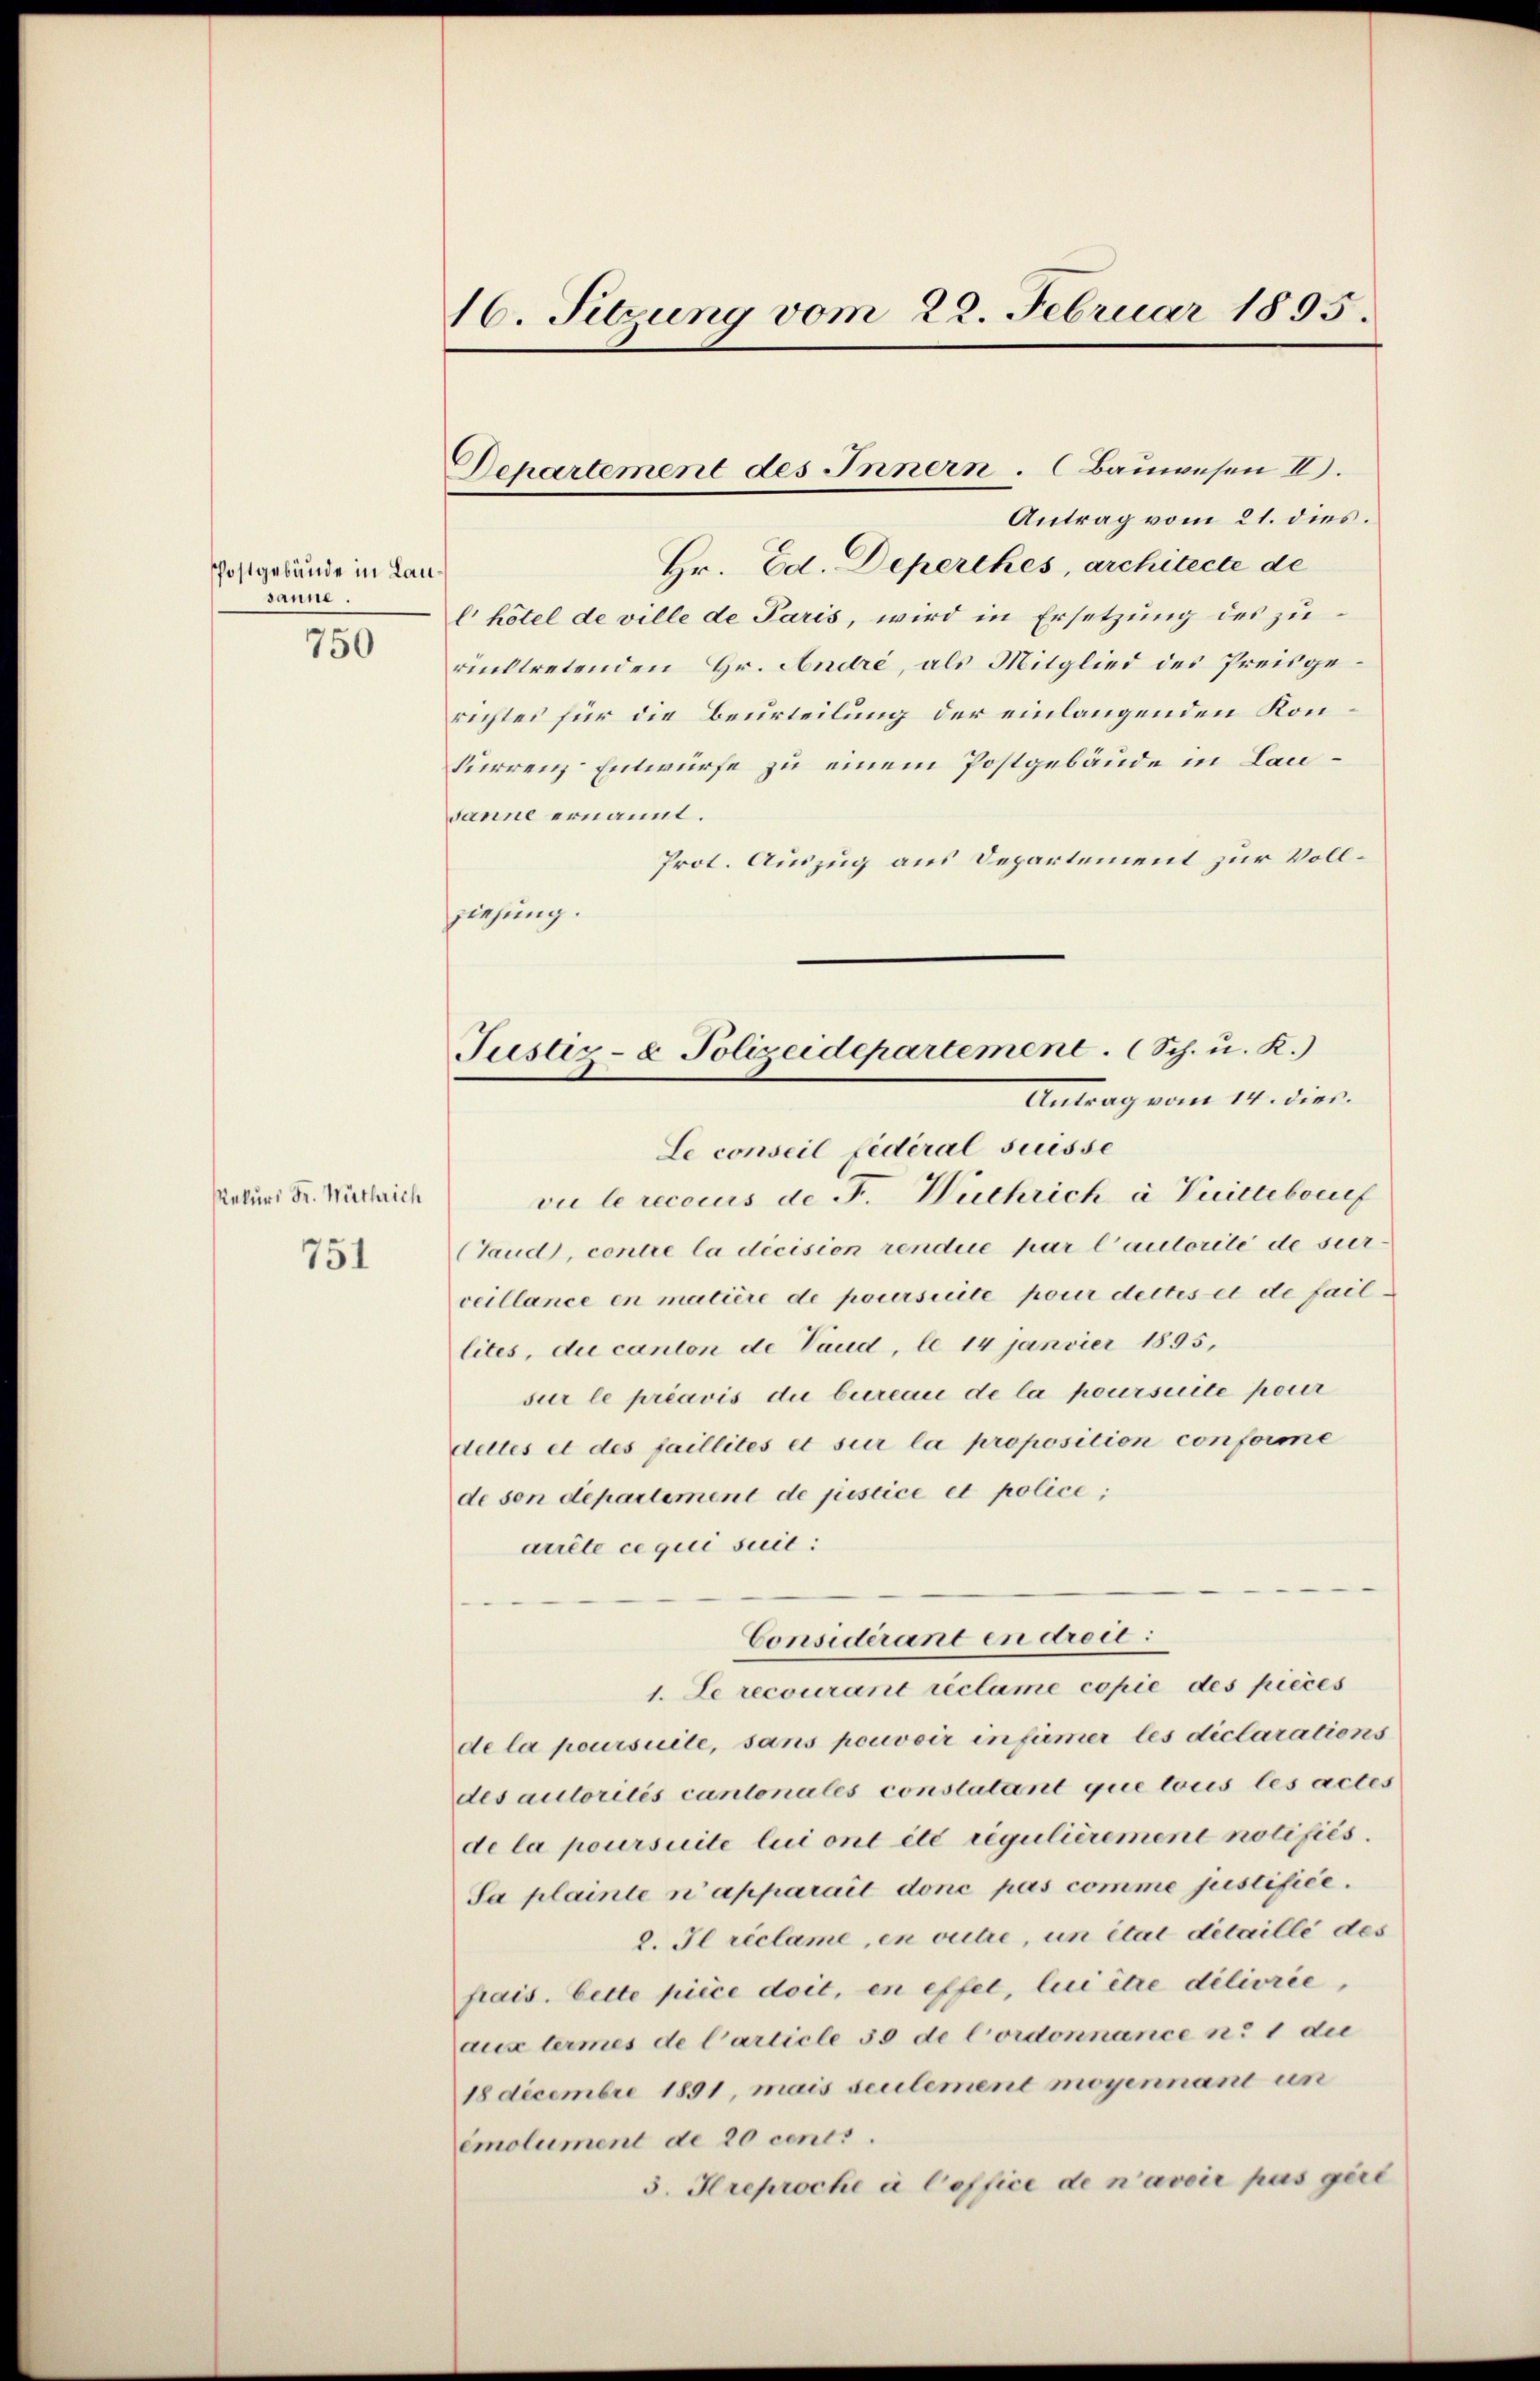
Postgebäude in Lausanne.

750

Rekurs Fr. Wuthrich

751

16. Setzung vom 22. Februar 1895.

Departement des Innern. (Bauwesen II.

Antrag vom 21. dies.
Hr. Ed. Deperches, architecte de
l hötel de ville de Paris, wird in Ersetzung des zurücktretenden Hr. Andre, als Mitglied des Preisgerichtes für die Beurteilung der einlangenden Konkurrenz Entwürfe zu einem Postgebäude in Lausanne ernannt.
Prot. Auszug aus Departement zur Vollziehung.
Le conseil fédéral suisse
vie le reccius de F. Wuchrich à Vuittebrief
(Taud, contre la décision rendue par l’autorité de sur
veillance en matière de poursuite pour dettes et de faillites, die canton de Vaud, le 14 janvier 1895,
sur le préavis die bureau de la poursuite pour
delles et des faillités et sur la proposition conforme
de son departement de justice et police;
arrête ce qui suit:
Considérant en dreis:
1. Le recourant réclame copie des pieces
de la poursuite, sans pouvoir infümer les diclarations
des autorités cantonales constatant que tous les actes
de la poursuite lui ont été régulièrement notifiés.
Sa plainte n’apparait donc pas comme justifice.
8. Il reclame, en outre, un étal detaille des
frais. Cette pièce doit, en effel, lui être diliorie,
aux termes de Carticle 35 de Cordonnance n. 1 die
18 Decembre 1891, mais seulemene moyennant un
emolument de 20 centi.
3. Hreproche à Coffice de n’avoir pas gere

Justiz- & Polizeidepartement.       Sch. u. K.)
Antrag vom 14. dies